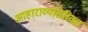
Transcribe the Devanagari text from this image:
आहाराव्यतिरिक्त